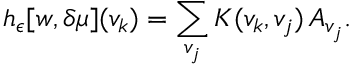
h _ { \epsilon } [ w , \delta \mu ] ( v _ { k } ) = \sum _ { v _ { j } } K ( v _ { k } , v _ { j } ) \, A _ { v _ { j } } .